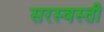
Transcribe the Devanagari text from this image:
सरस्वस्ती